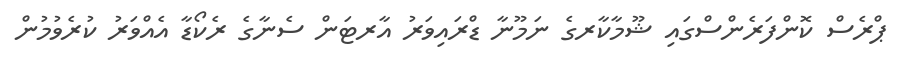
ޕްރެސް ކޮންފަރެންސްގައި ޝޫމާކާރގެ ނަމޫނާ ޑްރައިވަރު އާރޓަން ސެނާގެ ރެކޯޑާ އެއްވަރު ކުރެވުމުން